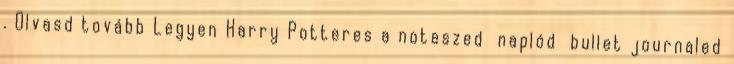
. Olvasd tovább Legyen Harry Potteres a noteszed naplód bullet journaled